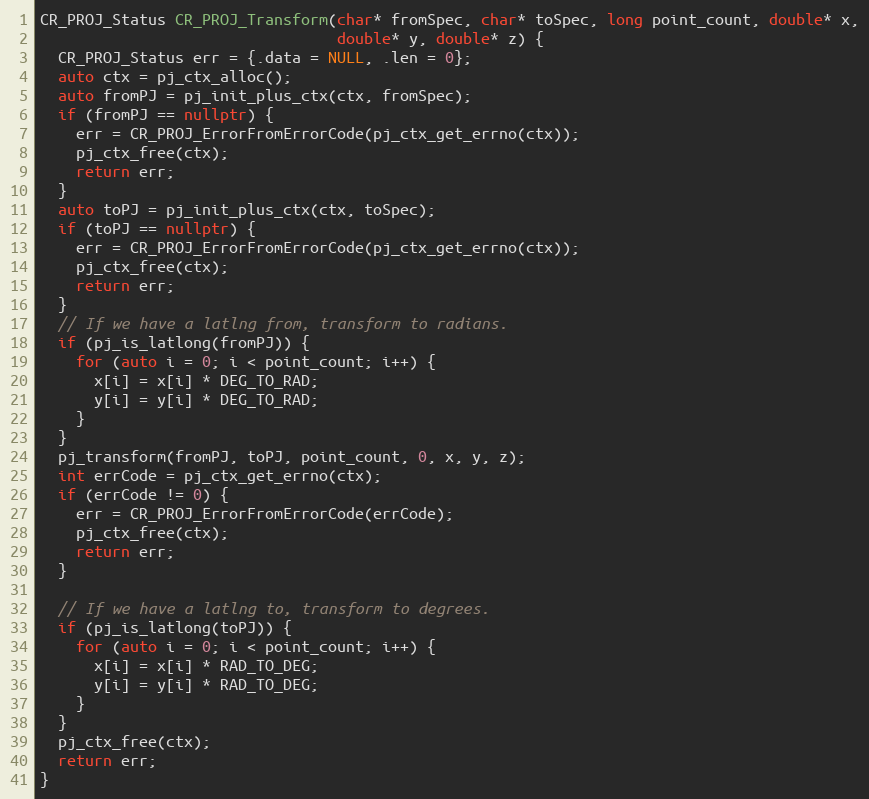
Language: C++
CR_PROJ_Status CR_PROJ_Transform(char* fromSpec, char* toSpec, long point_count, double* x,
                                 double* y, double* z) {
  CR_PROJ_Status err = {.data = NULL, .len = 0};
  auto ctx = pj_ctx_alloc();
  auto fromPJ = pj_init_plus_ctx(ctx, fromSpec);
  if (fromPJ == nullptr) {
    err = CR_PROJ_ErrorFromErrorCode(pj_ctx_get_errno(ctx));
    pj_ctx_free(ctx);
    return err;
  }
  auto toPJ = pj_init_plus_ctx(ctx, toSpec);
  if (toPJ == nullptr) {
    err = CR_PROJ_ErrorFromErrorCode(pj_ctx_get_errno(ctx));
    pj_ctx_free(ctx);
    return err;
  }
  // If we have a latlng from, transform to radians.
  if (pj_is_latlong(fromPJ)) {
    for (auto i = 0; i < point_count; i++) {
      x[i] = x[i] * DEG_TO_RAD;
      y[i] = y[i] * DEG_TO_RAD;
    }
  }
  pj_transform(fromPJ, toPJ, point_count, 0, x, y, z);
  int errCode = pj_ctx_get_errno(ctx);
  if (errCode != 0) {
    err = CR_PROJ_ErrorFromErrorCode(errCode);
    pj_ctx_free(ctx);
    return err;
  }

  // If we have a latlng to, transform to degrees.
  if (pj_is_latlong(toPJ)) {
    for (auto i = 0; i < point_count; i++) {
      x[i] = x[i] * RAD_TO_DEG;
      y[i] = y[i] * RAD_TO_DEG;
    }
  }
  pj_ctx_free(ctx);
  return err;
}